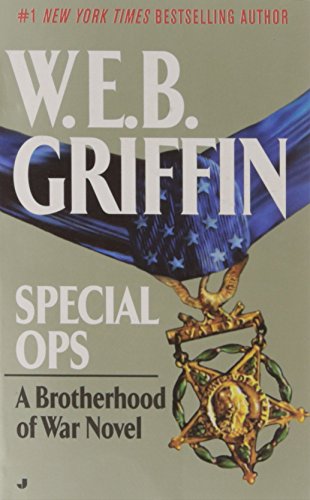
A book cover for Special Ops (Brotherhood of War, Book 9); W.E.B. Griffin; Literature & Fiction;